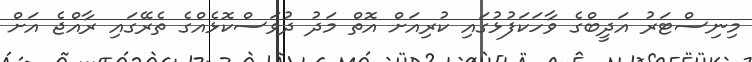
މިނިސްޓަރު އަދީބްގެ ވާހަކަފުޅުގައި ކުރިއަށް އޮތް މަދު ދުވަސްކޮޅެއްގެ ތެރޭގައި ރާއްޖެ އަށް